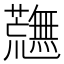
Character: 𮓉